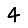
Digit: 4